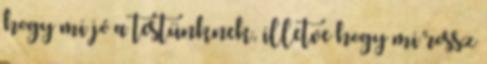
hogy mi jó a testünknek, illetve hogy mi rossz